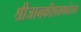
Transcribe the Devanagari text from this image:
श्रीजानकीशभगवंस्तव